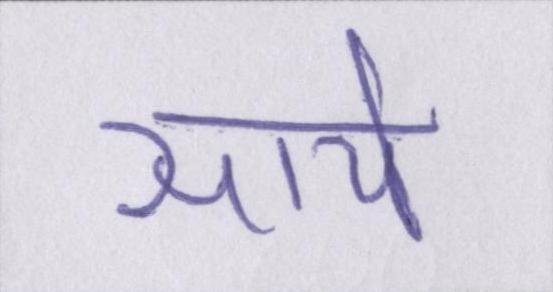
साये